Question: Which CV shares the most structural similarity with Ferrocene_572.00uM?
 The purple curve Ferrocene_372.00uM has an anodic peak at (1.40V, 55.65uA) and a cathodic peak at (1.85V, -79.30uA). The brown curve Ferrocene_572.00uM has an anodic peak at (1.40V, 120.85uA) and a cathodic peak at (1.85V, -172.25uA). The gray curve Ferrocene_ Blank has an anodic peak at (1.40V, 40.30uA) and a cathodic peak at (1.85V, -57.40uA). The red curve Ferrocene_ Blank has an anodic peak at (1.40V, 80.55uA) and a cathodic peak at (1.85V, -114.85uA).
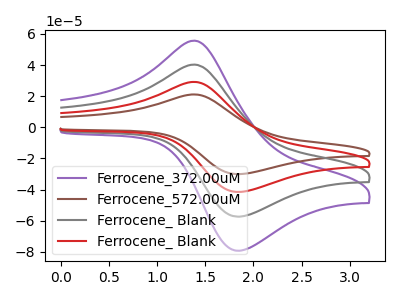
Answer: <think>All the peaks in "Ferrocene_372.00uM" have a peak in "Ferrocene_572.00uM" at the same potential. Every peak in "Ferrocene_372.00uM" is lower than every peak in "Ferrocene_572.00uM". All the peaks in "Ferrocene_372.00uM" have a peak in "Ferrocene_ Blank" at the same potential. Every peak in "Ferrocene_372.00uM" is higher than every peak in "Ferrocene_ Blank". All the peaks in "Ferrocene_372.00uM" have a peak in "Ferrocene_ Blank" at the same potential. Every peak in "Ferrocene_372.00uM" is lower than every peak in "Ferrocene_ Blank". All the peaks in "Ferrocene_572.00uM" have a peak in "Ferrocene_ Blank" at the same potential. Every peak in "Ferrocene_572.00uM" is higher than every peak in "Ferrocene_ Blank". All the peaks in "Ferrocene_572.00uM" have a peak in "Ferrocene_ Blank" at the same potential. Every peak in "Ferrocene_572.00uM" is higher than every peak in "Ferrocene_ Blank". All the peaks in "Ferrocene_ Blank" have a peak in "Ferrocene_ Blank" at the same potential. Every peak in "Ferrocene_ Blank" is lower than every peak in "Ferrocene_ Blank".
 </think>
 <answer>"Ferrocene_572.00uM", "Ferrocene_ Blank" and "Ferrocene_ Blank" have a similar shape to "Ferrocene_372.00uM".</answer>
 <eval>"Ferrocene_572.00uM" "Ferrocene_ Blank" "Ferrocene_ Blank"</eval>